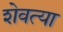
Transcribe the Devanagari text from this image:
शेवत्या